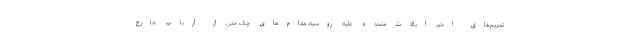
تحریم‌های اخیر ایالات متحده علیه روسیه، مقام‌های چک حتی از ارباب خارج